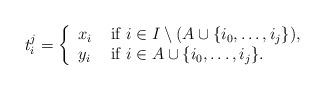
LaTeX: \begin{align*}t^j_i=\left\{\begin{array}{ll} x_i & \mbox{ if } i\in I\setminus (A\cup \{ i_0 ,\dots, i_j\}),\\ y_i & \mbox{ if } i\in A\cup \{ i_0 ,\dots, i_j\}. \end{array} \right.\end{align*}